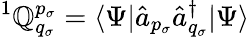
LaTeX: {}^{1}\mathbb{Q}_{q_{\sigma}}^{p_{\sigma}}=\langle\Psi|\hat{{a}}_{p_{\sigma}}\hat{{a}}_{q_{\sigma}}^{\dagger}|\Psi\rangle